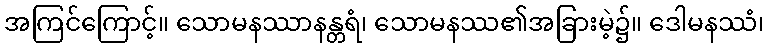
အကြင်ကြောင့်။ သောမနဿာနန္တရံ၊ သောမနဿ၏အခြားမဲ့၌။ ဒေါမနဿံ၊